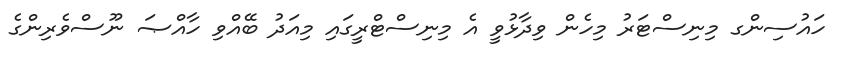
ހައުސިންގ މިނިސްޓަރު މިހެން ވިދާޅުވީ އެ މިނިސްޓްރީގައި މިއަދު ބޭއްވި ހާއްޞަ ނޫސްވެރިންގެ